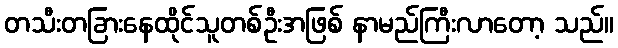
တသီးတခြားနေထိုင်သူတစ်ဦးအဖြစ် နာမည်ကြီးလာတော့ သည်။